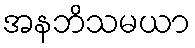
အနဘိသမယာ